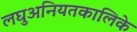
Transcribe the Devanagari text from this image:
लघुअनियतकालिके